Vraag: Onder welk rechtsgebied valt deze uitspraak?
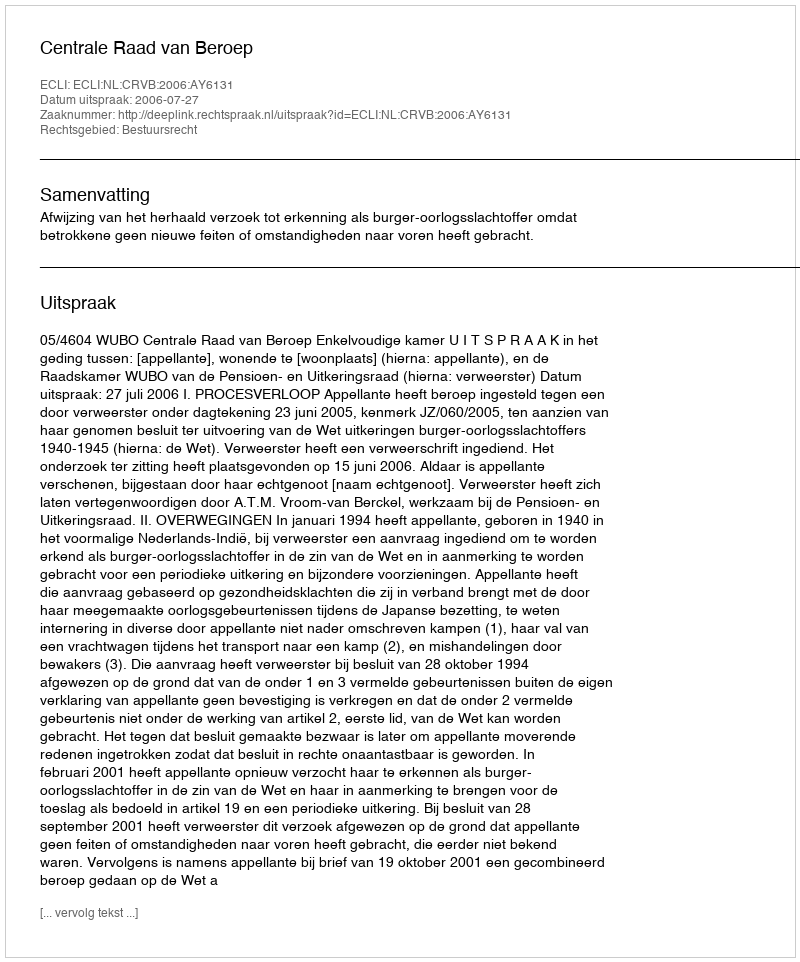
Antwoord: Bestuursrecht